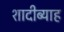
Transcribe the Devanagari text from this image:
शादीब्याह